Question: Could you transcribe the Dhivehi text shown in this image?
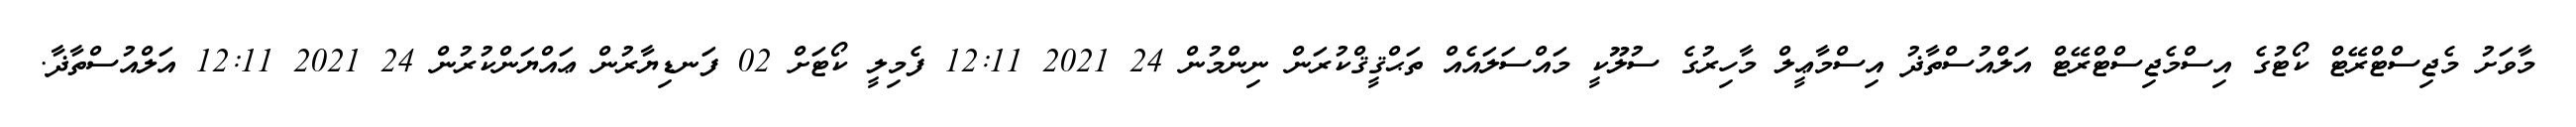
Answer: މާވަށު މެޖިސްޓްރޭޓް ކޯޓުގެ އިސްމެޖިސްޓްރޭޓް އަލްއުސްތާޛު އިސްމާޢީލް މާހިރުގެ ސުލޫކީ މައްސަލައެއް ތަޙްޤީޤްކުރަން ނިންމުން 24 2021 12:11 ފެމިލީ ކޯޓަށް 02 ފަނޑިޔާރުން ޢައްޔަންކުރުން 24 2021 12:11 އަލްއުސްތާޛާ.